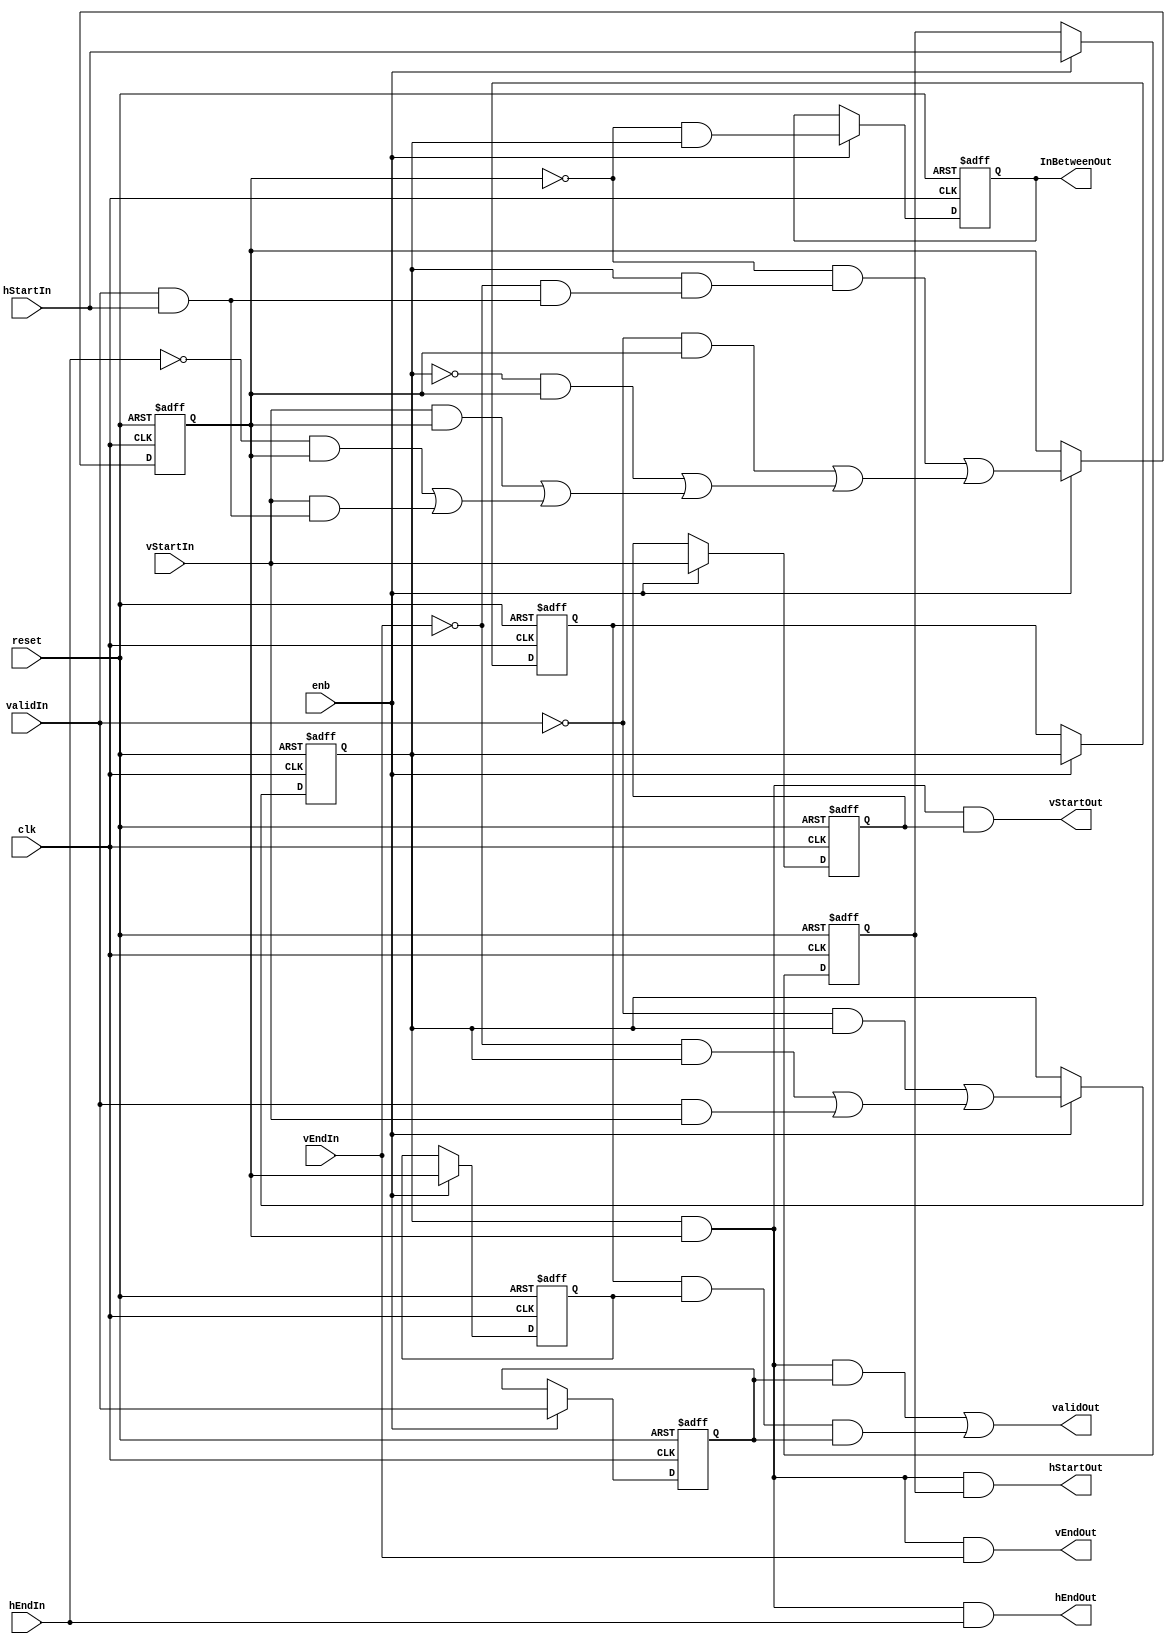
// -------------------------------------------------------------
// 
// 
// Generated by MATLAB 9.13 and HDL Coder 4.0
// 
// -------------------------------------------------------------


// -------------------------------------------------------------
// 
// Module: InputControlValidation_block
// Source Path: BlobAnalysisHDL/BlobDetector/CCA_Algorithm/Closing/LineBuffer/InputControlValidation
// Hierarchy Level: 4
// 
// -------------------------------------------------------------

`timescale 1 ns / 1 ns

module InputControlValidation_block
          (clk,
           reset,
           enb,
           hStartIn,
           hEndIn,
           vStartIn,
           vEndIn,
           validIn,
           hStartOut,
           hEndOut,
           vStartOut,
           vEndOut,
           validOut,
           InBetweenOut);


  input   clk;
  input   reset;
  input   enb;
  input   hStartIn;
  input   hEndIn;
  input   vStartIn;
  input   vEndIn;
  input   validIn;
  output  hStartOut;
  output  hEndOut;
  output  vStartOut;
  output  vEndOut;
  output  validOut;
  output  InBetweenOut;


  wire LineBuffervEndInv;  // ufix1
  wire LineBufferinFrame2Term;  // ufix1
  wire LineBufferValidInv;  // ufix1
  reg  LineBufferinFrame;  // ufix1
  wire LineBufferinFrame3Term;  // ufix1
  wire LineBufferinFrame1Term;  // ufix1
  wire LineBufferinFrameNext;  // ufix1
  wire LineBufferhEndInv;  // ufix1
  wire LineBufferinLine2Term;  // ufix1
  wire LineBufferinFrameInv;  // ufix1
  reg  LineBufferinLine;  // ufix1
  wire LineBufferinLineInv;  // ufix1
  wire LineBufferinLine6Term;  // ufix1
  wire LineBufferinLine5Term;  // ufix1
  wire LineBufferinLine4Term;  // ufix1
  wire LineBufferinLine3Term;  // ufix1
  wire LineBufferinLine1Term;  // ufix1
  wire LineBufferinLineNext;  // ufix1
  wire InFrameInLine_1;  // ufix1
  reg  hStartReg;  // ufix1
  reg  vStartReg;  // ufix1
  reg  validReg;  // ufix1
  wire validPre;  // ufix1
  reg  LineBufferinFramePrev;  // ufix1
  reg  LineBufferinLinePrev;  // ufix1
  wire InFrameInLinePrev;  // ufix1
  wire validPost;  // ufix1
  wire LineBufferNotInLine;  // ufix1
  wire LineBufferInBetween;  // ufix1
  reg  InBetweenOut_1;


  assign LineBuffervEndInv =  ~ vEndIn;



  assign LineBufferinFrame2Term = validIn & vStartIn;



  assign LineBufferValidInv =  ~ validIn;



  assign LineBufferinFrame3Term = LineBufferValidInv & LineBufferinFrame;



  assign LineBufferinFrame1Term = LineBuffervEndInv & LineBufferinFrame;



  assign LineBufferinFrameNext = LineBufferinFrame3Term | (LineBufferinFrame1Term | LineBufferinFrame2Term);



  always @(posedge clk or posedge reset)
    begin : inFReg_process
      if (reset == 1'b1) begin
        LineBufferinFrame <= 1'b0;
      end
      else begin
        if (enb) begin
          LineBufferinFrame <= LineBufferinFrameNext;
        end
      end
    end



  assign LineBufferhEndInv =  ~ hEndIn;



  assign LineBufferinLine2Term = vStartIn & (validIn & hStartIn);



  assign LineBufferinFrameInv =  ~ LineBufferinFrame;



  assign LineBufferinLineInv =  ~ LineBufferinLine;



  assign LineBufferinLine6Term = LineBufferinLineInv & (LineBufferinFrame & (LineBuffervEndInv & (validIn & hStartIn)));



  assign LineBufferinLine5Term = LineBufferValidInv & LineBufferinLine;



  assign LineBufferinLine4Term = LineBufferinFrameInv & LineBufferinLine;



  assign LineBufferinLine3Term = vStartIn & LineBufferinLine;



  assign LineBufferinLine1Term = LineBufferhEndInv & LineBufferinLine;



  assign LineBufferinLineNext = LineBufferinLine6Term | (LineBufferinLine5Term | (LineBufferinLine4Term | (LineBufferinLine3Term | (LineBufferinLine1Term | LineBufferinLine2Term))));



  always @(posedge clk or posedge reset)
    begin : inLReg_process
      if (reset == 1'b1) begin
        LineBufferinLine <= 1'b0;
      end
      else begin
        if (enb) begin
          LineBufferinLine <= LineBufferinLineNext;
        end
      end
    end



  assign InFrameInLine_1 = LineBufferinFrame & LineBufferinLine;



  always @(posedge clk or posedge reset)
    begin : reg_rsvd_process
      if (reset == 1'b1) begin
        hStartReg <= 1'b0;
      end
      else begin
        if (enb) begin
          hStartReg <= hStartIn;
        end
      end
    end



  assign hStartOut = InFrameInLine_1 & hStartReg;



  assign hEndOut = InFrameInLine_1 & hEndIn;



  always @(posedge clk or posedge reset)
    begin : reg_rsvd_1_process
      if (reset == 1'b1) begin
        vStartReg <= 1'b0;
      end
      else begin
        if (enb) begin
          vStartReg <= vStartIn;
        end
      end
    end



  assign vStartOut = InFrameInLine_1 & vStartReg;



  assign vEndOut = InFrameInLine_1 & vEndIn;



  always @(posedge clk or posedge reset)
    begin : reg_rsvd_2_process
      if (reset == 1'b1) begin
        validReg <= 1'b0;
      end
      else begin
        if (enb) begin
          validReg <= validIn;
        end
      end
    end



  assign validPre = InFrameInLine_1 & validReg;



  always @(posedge clk or posedge reset)
    begin : inFPReg_process
      if (reset == 1'b1) begin
        LineBufferinFramePrev <= 1'b0;
      end
      else begin
        if (enb) begin
          LineBufferinFramePrev <= LineBufferinFrame;
        end
      end
    end



  always @(posedge clk or posedge reset)
    begin : inLPReg_process
      if (reset == 1'b1) begin
        LineBufferinLinePrev <= 1'b0;
      end
      else begin
        if (enb) begin
          LineBufferinLinePrev <= LineBufferinLine;
        end
      end
    end



  assign InFrameInLinePrev = LineBufferinFramePrev & LineBufferinLinePrev;



  assign validPost = InFrameInLinePrev & validReg;



  assign validOut = validPre | validPost;



  assign LineBufferNotInLine =  ~ LineBufferinLine;



  assign LineBufferInBetween = LineBufferNotInLine & LineBufferinFrame;



  always @(posedge clk or posedge reset)
    begin : reg_rsvd_3_process
      if (reset == 1'b1) begin
        InBetweenOut_1 <= 1'b0;
      end
      else begin
        if (enb) begin
          InBetweenOut_1 <= LineBufferInBetween;
        end
      end
    end



  assign InBetweenOut = InBetweenOut_1;

endmodule  // InputControlValidation_block